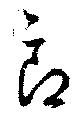
郎